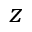
z